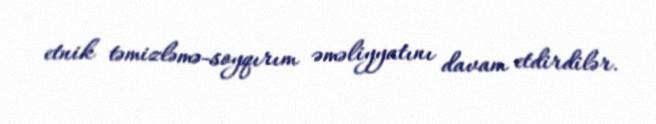
etnik təmizləmə-soyqırım əməliyyatını davam etdirdilər.